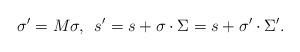
LaTeX: \begin{align*}\sigma '=M\sigma ,\enspace s'=s+\sigma\cdot\Sigma =s+\sigma '\cdot\Sigma '.\end{align*}